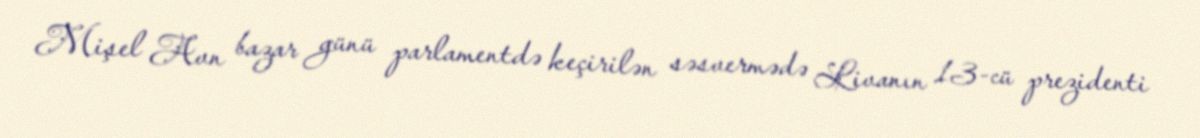
Mişel Avn bazar günü parlamentdə keçirilən səsvermədə Livanın 13-cü prezidenti